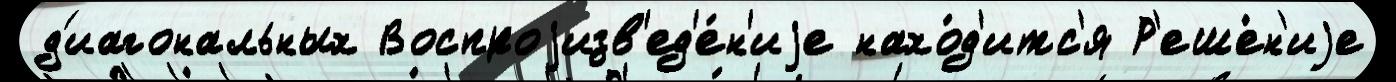
д'иагональных Воспроjизв'ед'е́н'иjе нахо́д'итс'я Р'еше́н'иjе